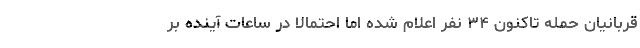
قربانیان حمله تاکنون ۳۴ نفر اعلام شده اما احتمالا در ساعات آینده بر